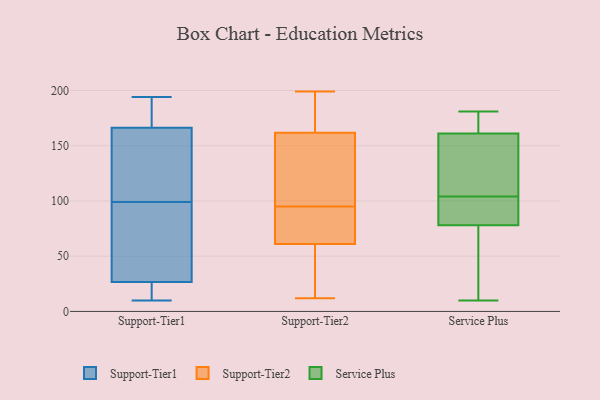
{"axis": {"x": "Budget (USD K)", "y": "Value"}, "legend": ["Service Plus", "Support-Tier1", "Support-Tier2"], "data": [{"x": "", "y": 194, "type": "Support-Tier1"}, {"x": "", "y": 99, "type": "Support-Tier1"}, {"x": "", "y": 166, "type": "Support-Tier1"}, {"x": "", "y": 95, "type": "Support-Tier1"}, {"x": "", "y": 80, "type": "Support-Tier1"}, {"x": "", "y": 166, "type": "Support-Tier1"}, {"x": "", "y": 167, "type": "Support-Tier1"}, {"x": "", "y": 76, "type": "Support-Tier1"}, {"x": "", "y": 20, "type": "Support-Tier1"}, {"x": "", "y": 180, "type": "Support-Tier1"}, {"x": "", "y": 10, "type": "Support-Tier1"}, {"x": "", "y": 99, "type": "Support-Tier1"}, {"x": "", "y": 163, "type": "Support-Tier1"}, {"x": "", "y": 29, "type": "Support-Tier1"}, {"x": "", "y": 171, "type": "Support-Tier1"}, {"x": "", "y": 13, "type": "Support-Tier1"}, {"x": "", "y": 20, "type": "Support-Tier1"}, {"x": "", "y": 36, "type": "Support-Tier2"}, {"x": "", "y": 175, "type": "Support-Tier2"}, {"x": "", "y": 93, "type": "Support-Tier2"}, {"x": "", "y": 169, "type": "Support-Tier2"}, {"x": "", "y": 75, "type": "Support-Tier2"}, {"x": "", "y": 38, "type": "Support-Tier2"}, {"x": "", "y": 55, "type": "Support-Tier2"}, {"x": "", "y": 175, "type": "Support-Tier2"}, {"x": "", "y": 137, "type": "Support-Tier2"}, {"x": "", "y": 189, "type": "Support-Tier2"}, {"x": "", "y": 95, "type": "Support-Tier2"}, {"x": "", "y": 125, "type": "Support-Tier2"}, {"x": "", "y": 12, "type": "Support-Tier2"}, {"x": "", "y": 87, "type": "Support-Tier2"}, {"x": "", "y": 114, "type": "Support-Tier2"}, {"x": "", "y": 199, "type": "Support-Tier2"}, {"x": "", "y": 64, "type": "Support-Tier2"}, {"x": "", "y": 140, "type": "Support-Tier2"}, {"x": "", "y": 60, "type": "Support-Tier2"}, {"x": "", "y": 83, "type": "Service Plus"}, {"x": "", "y": 104, "type": "Service Plus"}, {"x": "", "y": 154, "type": "Service Plus"}, {"x": "", "y": 10, "type": "Service Plus"}, {"x": "", "y": 81, "type": "Service Plus"}, {"x": "", "y": 55, "type": "Service Plus"}, {"x": "", "y": 64, "type": "Service Plus"}, {"x": "", "y": 78, "type": "Service Plus"}, {"x": "", "y": 115, "type": "Service Plus"}, {"x": "", "y": 174, "type": "Service Plus"}, {"x": "", "y": 162, "type": "Service Plus"}, {"x": "", "y": 104, "type": "Service Plus"}, {"x": "", "y": 181, "type": "Service Plus"}, {"x": "", "y": 161, "type": "Service Plus"}]}